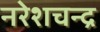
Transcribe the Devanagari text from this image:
नरेशचन्द्र